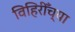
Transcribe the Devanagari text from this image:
विहिरीँच्या